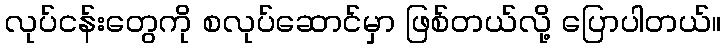
လုပ်ငန်းတွေကို စလုပ်ဆောင်မှာ ဖြစ်တယ်လို့ ပြောပါတယ်။